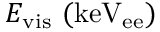
E _ { \mathrm { v i s } } ~ ( \mathrm { k e V _ { e e } ) }